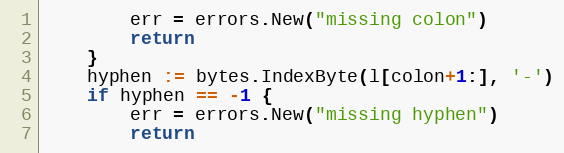
Language: Go
		err = errors.New("missing colon")
		return
	}
	hyphen := bytes.IndexByte(l[colon+1:], '-')
	if hyphen == -1 {
		err = errors.New("missing hyphen")
		return